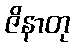
ဇိနာတု